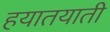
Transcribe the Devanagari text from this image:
हयातयाती